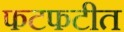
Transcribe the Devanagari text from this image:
फटफटीत